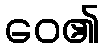
ဝေ၏